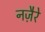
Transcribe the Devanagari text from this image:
नज़ैरे